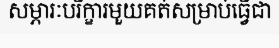
សម្ភារៈបរិក្ខារមួយគត់សម្រាប់ធ្វើជា